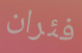
فئران